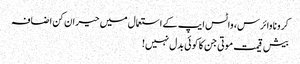
کرونا وائرس، واٹس ایپ کے استعمال میں حیران کن اضافہ
بیش قیمت موتی جن کا کوئی بدل نہیں!